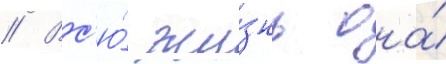
// Вс'ю́ жи́знь она́